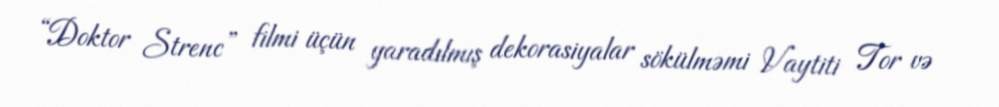
“Doktor Strenc” filmi üçün yaradılmış dekorasiyalar sökülməmi Vaytiti Tor və